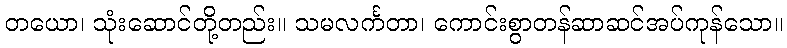
တယော၊ သုံးဆောင်တို့တည်း။ သမလင်္ကတာ၊ ကောင်းစွာတန်ဆာဆင်အပ်ကုန်သော။